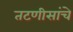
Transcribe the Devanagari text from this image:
तटणीसांचे